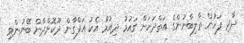
ދާދި ފަހުން ތާލިބާނުންގެ އަތްދަށަށް ގައުމު ދިއުމާ އެކު އަފްގާން ދޫކޮށްދާން ބޭނުންވި